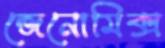
জেনোমিক্স